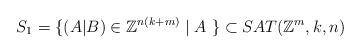
LaTeX: \begin{align*} S_{1} = \{ (A|B) \in \mathbb{Z}^{n(k+m)} \mid A \ \} \subset SAT(\mathbb{Z}^m, k, n)\end{align*}